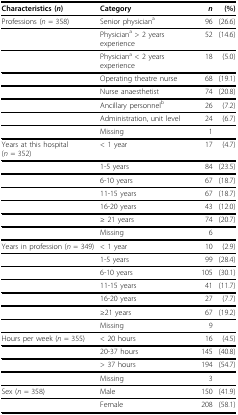
<table><thead><tr><td><b>Characteristics (<i>n</i>)</b></td><td><b>Category</b></td><td><b><i>n </i></b></td><td><b>(%)</b></td></tr></thead><tbody><tr><td>Professions (<i>n </i>= 358)</td><td>Senior physician<sup>a</sup></td><td>96</td><td>(26.6)</td></tr><tr><td></td><td>Physician<sup>a </sup>&gt; 2 years experience</td><td>52</td><td>(14.6)</td></tr><tr><td></td><td>Physician<sup>a </sup>&lt; 2 years experience</td><td>18</td><td>(5.0)</td></tr><tr><td></td><td>Operating theatre nurse</td><td>68</td><td>(19.1)</td></tr><tr><td></td><td>Nurse anaesthetist</td><td>74</td><td>(20.8)</td></tr><tr><td></td><td>Ancillary personnel<sup>b</sup></td><td>26</td><td>(7.2)</td></tr><tr><td></td><td>Administration, unit level</td><td>24</td><td>(6.7)</td></tr><tr><td></td><td>Missing</td><td>1</td><td></td></tr><tr><td>Years at this hospital (<i>n </i>= 352)</td><td>&lt; 1 year</td><td>17</td><td>(4.7)</td></tr><tr><td></td><td>1-5 years</td><td>84</td><td>(23.5)</td></tr><tr><td></td><td>6-10 years</td><td>67</td><td>(18.7)</td></tr><tr><td></td><td>11-15 years</td><td>67</td><td>(18.7)</td></tr><tr><td></td><td>16-20 years</td><td>43</td><td>(12.0)</td></tr><tr><td></td><td>≥ 21 years</td><td>74</td><td>(20.7)</td></tr><tr><td></td><td>Missing</td><td>6</td><td></td></tr><tr><td>Years in profession (<i>n </i>= 349)</td><td>&lt; 1 year</td><td>10</td><td>(2.9)</td></tr><tr><td></td><td>1-5 years</td><td>99</td><td>(28.4)</td></tr><tr><td></td><td>6-10 years</td><td>105</td><td>(30.1)</td></tr><tr><td></td><td>11-15 years</td><td>41</td><td>(11.7)</td></tr><tr><td></td><td>16-20 years</td><td>27</td><td>(7.7)</td></tr><tr><td></td><td>≥21 years</td><td>67</td><td>(19.2)</td></tr><tr><td></td><td>Missing</td><td>9</td><td></td></tr><tr><td>Hours per week (<i>n </i>= 355)</td><td>&lt; 20 hours</td><td>16</td><td>(4.5)</td></tr><tr><td></td><td>20-37 hours</td><td>145</td><td>(40.8)</td></tr><tr><td></td><td>&gt; 37 hours</td><td>194</td><td>(54.7)</td></tr><tr><td></td><td>Missing</td><td>3</td><td></td></tr><tr><td>Sex (<i>n </i>= 358)</td><td>Male</td><td>150</td><td>(41.9)</td></tr><tr><td></td><td>Female</td><td>208</td><td>(58.1)</td></tr></tbody></table>